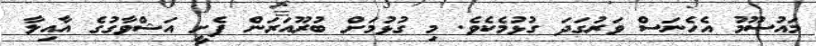
މައުސޫމު އެހެނަސް ވަރުގަދަ ގުޅުމެކެވެ. މި ގުޅުމަށް ބުރޫއަރަން ފެށީ އަޝްވާގުގެ އާއިލާ